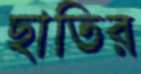
ছাতির